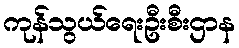
ကုန်သွယ်ရေးဦးစီးဌာန